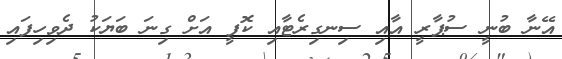
އޭނާ ބުނީ ސުޕާރީ އާއި ސިނގިރެޓާއި ކޮފީ އަށް ގިނަ ބަޔަކު ދެވިހިފައި